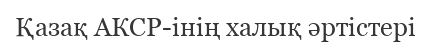
Қазақ АКСР-інің халық әртістері